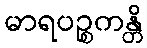
မာရပဉ္စကန္တိ